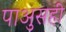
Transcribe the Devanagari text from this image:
पाअुसही